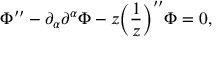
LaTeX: \Phi ^ { \prime \prime } - \partial _ { \alpha } \partial ^ { \alpha } \Phi - z \biggl ( \frac { 1 } { z } \biggr ) ^ { \prime \prime } \Phi = 0 ,